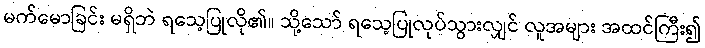
မက်မောခြင်း မရှိဘဲ ရသေ့ပြုလို၏။ သို့သော် ရသေ့ပြုလုပ်သွားလျှင် လူအများ အထင်ကြီး၍